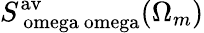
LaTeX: S_{\mathrm{\ omega\ omega}}^{\mathrm{av}}(\Omega_{m})